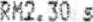
RM2.30 S